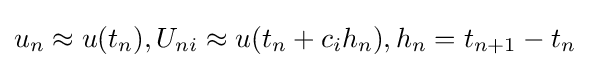
u_{n}\approx u(t_{n}),U_{ni}\approx u(t_{n}+c_{i}h_{n}),h_{n}=t_{n+1}-t_{n}